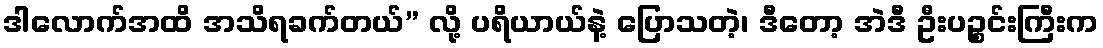
ဒါလောက်အထိ အသိရခက်တယ်” လို့ ပရိယာယ်နဲ့ ပြောသတဲ့၊ ဒီတော့ အဲဒီ ဦးပဉ္စင်းကြီးက